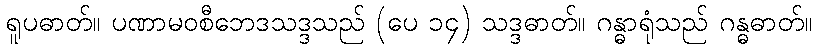
ရူပဓာတ်။ ပဏာမဝစီဘေဒသဒ္ဒသည် (ပေ ၁၄) သဒ္ဒဓာတ်။ ဂန္ဓာရုံသည် ဂန္ဓဓာတ်။